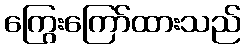
ကြွေးကြော်ထားသည်